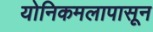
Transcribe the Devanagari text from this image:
योनिकमलापासून